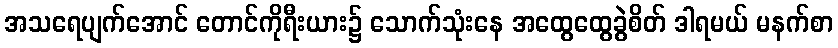
အသရေပျက်အောင် တောင်ကိုရီးယား၌ သောက်သုံးနေ အထွေထွေခွဲစိတ် ဒါရမယ် မနက်စာ